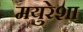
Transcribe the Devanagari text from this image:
मयुरेशा